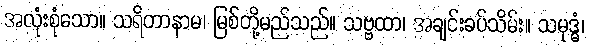
အလုံးစုံသော။ သရိတာနာမ၊ မြစ်တို့မည်သည်။ သဗ္ဗထာ၊ အချင်းခပ်သိမ်း။ သမုဒ္ဓံ၊